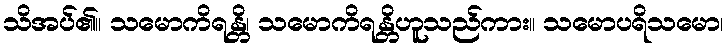
သိအပ်၏။ သမောကိရန္တိ၊ သမောကိရန္တိဟူသည်ကား။ သမောပရိသမော၊